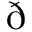
\eth